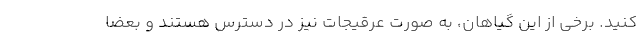
کنید. برخی از این گیاهان، به صورت عرقیجات نیز در دسترس هستند و بعضاً